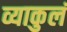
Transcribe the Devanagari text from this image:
व्याकुलं